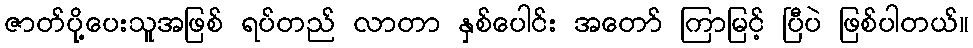
ဇာတ်ပို့ပေးသူအဖြစ် ရပ်တည် လာတာ နှစ်ပေါင်း အတော် ကြာမြင့် ပြီပဲ ဖြစ်ပါတယ်။